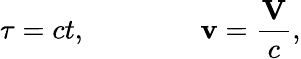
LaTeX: \tau=ct,\qquad\qquad{\mathbf v}={\frac{\mathbf V}{c}},